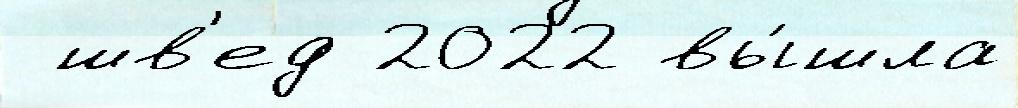
 шв'ед 2022 вы́шла